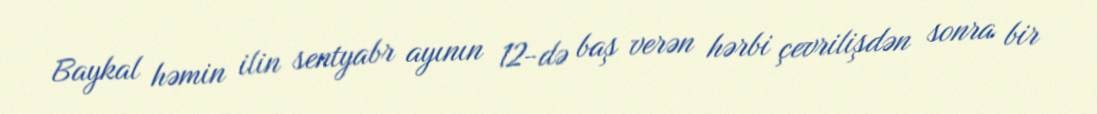
Baykal həmin ilin sentyabr ayının 12-də baş verən hərbi çevrilişdən sonra bir